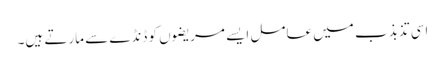
اسی تذبذب میں عامل ایسے مریضوں کو ڈنڈے سے مارتے ہیں۔